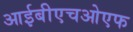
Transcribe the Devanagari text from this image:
आईबीएचओएफ